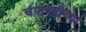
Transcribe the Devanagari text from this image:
चंपाषष्ठीच्या